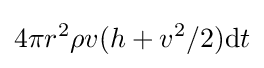
4\pi r^{2}\rho v(h+v^{2}/2)\mathrm {d} t